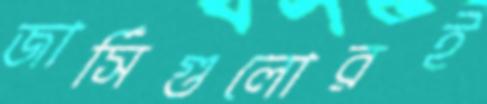
জার্সিগুলোরই